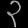
Digit: ၃